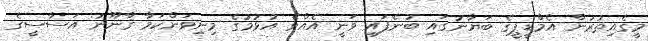
މީގެއިތުރުން އެމްޑީޕީގެ ބަޔާނުގައި ބުނެފައި ވަނީ އެއްވެ އުޅުމުގެ މިނިވަންކަމާ ޤާނޫނު އަސާސީގެ